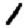
Digit: 1